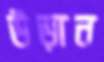
উড়ান